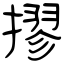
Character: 摎